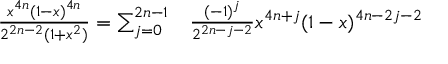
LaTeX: \begin{array} { r l } { { \frac { x ^ { 4 n } ( 1 - x ) ^ { 4 n } } { 2 ^ { 2 n - 2 } ( 1 + x ^ { 2 } ) } } = \sum _ { j = 0 } ^ { 2 n - 1 } } & { { } { \frac { ( - 1 ) ^ { j } } { 2 ^ { 2 n - j - 2 } } } x ^ { 4 n + j } ( 1 - x ) ^ { 4 n - 2 j - 2 } } \end{array}